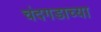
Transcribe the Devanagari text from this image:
चंदगडाच्या